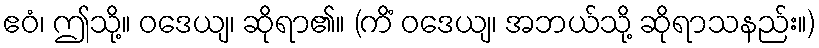
ဧဝံ၊ ဤသို့။ ဝဒေယျ၊ ဆိုရာ၏။ (ကိံ ဝဒေယျ၊ အဘယ်သို့ ဆိုရာသနည်း။)